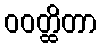
ဝဝတ္ထိတာ